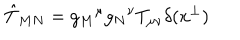
\hat { T } _ { M N } = g _ { M } { } ^ { \mu } g _ { N } { } ^ { \nu } T _ { \mu \nu } \delta ( x ^ { \perp } )